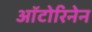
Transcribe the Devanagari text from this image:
ऑटोरिनेन